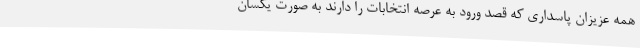
همه عزیزان پاسداری که قصد ورود به عرصه انتخابات را دارند به صورت یکسان